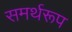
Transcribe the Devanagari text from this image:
समर्थरूप